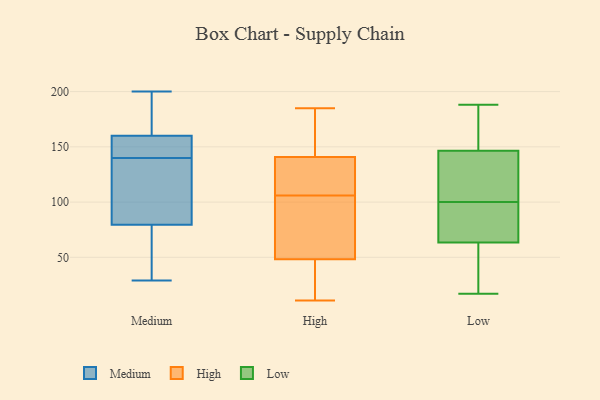
{"axis": {"x": "Page Views", "y": "Value"}, "legend": ["High", "Low", "Medium"], "data": [{"x": "", "y": 70, "type": "Medium"}, {"x": "", "y": 133, "type": "Medium"}, {"x": "", "y": 89, "type": "Medium"}, {"x": "", "y": 160, "type": "Medium"}, {"x": "", "y": 155, "type": "Medium"}, {"x": "", "y": 40, "type": "Medium"}, {"x": "", "y": 147, "type": "Medium"}, {"x": "", "y": 115, "type": "Medium"}, {"x": "", "y": 29, "type": "Medium"}, {"x": "", "y": 173, "type": "Medium"}, {"x": "", "y": 200, "type": "Medium"}, {"x": "", "y": 160, "type": "Medium"}, {"x": "", "y": 164, "type": "High"}, {"x": "", "y": 171, "type": "High"}, {"x": "", "y": 185, "type": "High"}, {"x": "", "y": 23, "type": "High"}, {"x": "", "y": 94, "type": "High"}, {"x": "", "y": 115, "type": "High"}, {"x": "", "y": 11, "type": "High"}, {"x": "", "y": 128, "type": "High"}, {"x": "", "y": 55, "type": "High"}, {"x": "", "y": 137, "type": "High"}, {"x": "", "y": 142, "type": "High"}, {"x": "", "y": 46, "type": "High"}, {"x": "", "y": 18, "type": "High"}, {"x": "", "y": 106, "type": "High"}, {"x": "", "y": 103, "type": "High"}, {"x": "", "y": 138, "type": "Low"}, {"x": "", "y": 111, "type": "Low"}, {"x": "", "y": 177, "type": "Low"}, {"x": "", "y": 97, "type": "Low"}, {"x": "", "y": 54, "type": "Low"}, {"x": "", "y": 101, "type": "Low"}, {"x": "", "y": 160, "type": "Low"}, {"x": "", "y": 128, "type": "Low"}, {"x": "", "y": 188, "type": "Low"}, {"x": "", "y": 26, "type": "Low"}, {"x": "", "y": 151, "type": "Low"}, {"x": "", "y": 142, "type": "Low"}, {"x": "", "y": 166, "type": "Low"}, {"x": "", "y": 17, "type": "Low"}, {"x": "", "y": 32, "type": "Low"}, {"x": "", "y": 44, "type": "Low"}, {"x": "", "y": 73, "type": "Low"}, {"x": "", "y": 99, "type": "Low"}, {"x": "", "y": 94, "type": "Low"}, {"x": "", "y": 93, "type": "Low"}]}